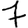
Digit: 7